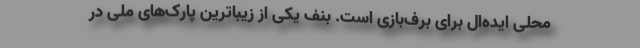
محلی ایده‌ال برای برف‌بازی است. بنف یکی از زیباترین پارک‌های ملی در